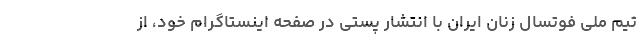
تیم ملی فوتسال زنان ایران با انتشار پستی در صفحه اینستاگرام خود، از